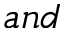
a n d